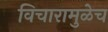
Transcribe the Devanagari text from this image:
विचारामुळेच